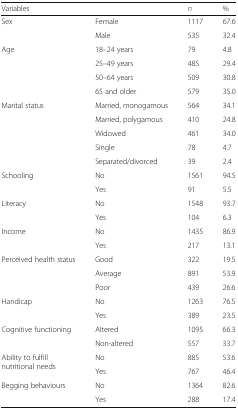
<table><thead><tr><td><b>Variables</b></td><td></td><td><b><i>n</i></b></td><td><b>%</b></td></tr></thead><tbody><tr><td>Sex</td><td>Female</td><td>1117</td><td>67.6</td></tr><tr><td></td><td>Male</td><td>535</td><td>32.4</td></tr><tr><td>Age</td><td>18–24 years</td><td>79</td><td>4.8</td></tr><tr><td></td><td>25–49 years</td><td>485</td><td>29.4</td></tr><tr><td></td><td>50–64 years</td><td>509</td><td>30.8</td></tr><tr><td></td><td>65 and older</td><td>579</td><td>35.0</td></tr><tr><td>Marital status</td><td>Married, monogamous</td><td>564</td><td>34.1</td></tr><tr><td></td><td>Married, polygamous</td><td>410</td><td>24.8</td></tr><tr><td></td><td>Widowed</td><td>461</td><td>34.0</td></tr><tr><td></td><td>Single</td><td>78</td><td>4.7</td></tr><tr><td></td><td>Separated/divorced</td><td>39</td><td>2.4</td></tr><tr><td>Schooling</td><td>No</td><td>1561</td><td>94.5</td></tr><tr><td></td><td>Yes</td><td>91</td><td>5.5</td></tr><tr><td>Literacy</td><td>No</td><td>1548</td><td>93.7</td></tr><tr><td></td><td>Yes</td><td>104</td><td>6.3</td></tr><tr><td>Income</td><td>No</td><td>1435</td><td>86.9</td></tr><tr><td></td><td>Yes</td><td>217</td><td>13.1</td></tr><tr><td>Perceived health status</td><td>Good</td><td>322</td><td>19.5</td></tr><tr><td></td><td>Average</td><td>891</td><td>53.9</td></tr><tr><td></td><td>Poor</td><td>439</td><td>26.6</td></tr><tr><td>Handicap</td><td>No</td><td>1263</td><td>76.5</td></tr><tr><td></td><td>Yes</td><td>389</td><td>23.5</td></tr><tr><td>Cognitive functioning</td><td>Altered</td><td>1095</td><td>66.3</td></tr><tr><td></td><td>Non-altered</td><td>557</td><td>33.7</td></tr><tr><td rowspan="2">Ability to fulfill nutritional needs</td><td>No</td><td>885</td><td>53.6</td></tr><tr><td>Yes</td><td>767</td><td>46.4</td></tr><tr><td>Begging behaviours</td><td>No</td><td>1364</td><td>82.6</td></tr><tr><td></td><td>Yes</td><td>288</td><td>17.4</td></tr></tbody></table>